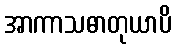
အာကာသဓာတုယာပိ